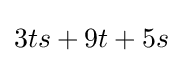
3ts+9t+5s